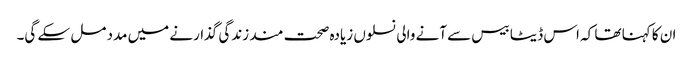
ان کا کہنا تھا کہ اس ڈیٹا بیس سے آنے والی نسلوں زیادہ صحت مند زندگی گذارنے میں مدد مل سکے گی۔